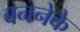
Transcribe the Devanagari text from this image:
बननेके